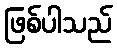
ဖြစ်ပါသည်